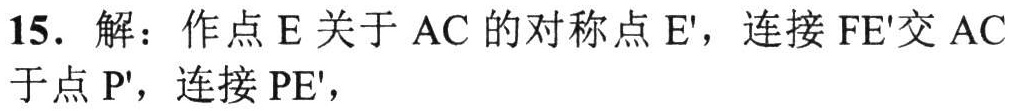
15. 解：作点\(E\)关于\(AC\)的对称点\(E'\)，连接\(FE'\)交\(AC\)于点\(P'\)，连接\(PE'\)，